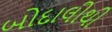
બોદાલીથી